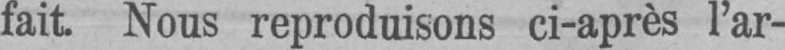
fait. Nous reproduisons ci-après l’ar-